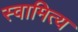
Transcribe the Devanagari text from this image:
स्वामित्य